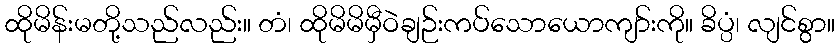
ထိုမိန်းမတို့သည်လည်း။ တံ၊ ထိုမိမိမှီဝဲချဉ်းကပ်သောယောကျာ်းကို။ ခိပ္ပံ၊ လျင်စွာ။